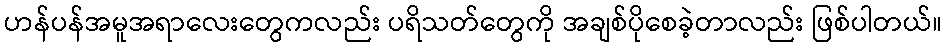
ဟန်ပန်အမူအရာလေးတွေကလည်း ပရိသတ်တွေကို အချစ်ပိုစေခဲ့တာလည်း ဖြစ်ပါတယ်။